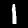
Label: 1